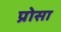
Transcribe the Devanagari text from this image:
प्रोसा